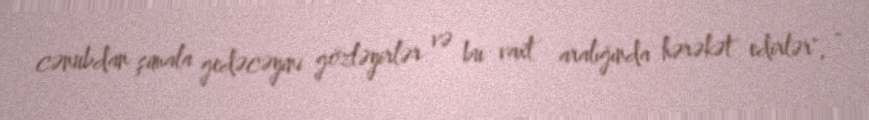
cənubdan şimala gedəcəyini gözləyirlər və bu vaxt aralığında hərəkət edirlər", -